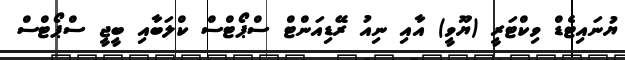
ޔުނައިޓެޑް ވިކްޓަރީ (ޔޫވީ) އާއި ނިއު ރޭޑިއަންޓް ސްޕޯޓްސް ކްލަބާއި ބީޖީ ސްޕޯޓްސް